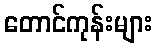
တောင်ကုန်းများ